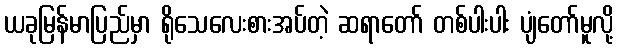
ယခုမြန်မာပြည်မှာ ရိုသေလေးစားအပ်တဲ့ ဆရာတော် တစ်ပါးပါး ပျံတော်မူလို့